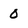
Character: 0